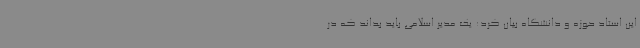
این استاد حوزه و دانشگاه بیان کرد: یک مدیر اسلامی باید بداند که در